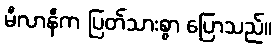
မီလာနီက ပြတ်သားစွာ ပြောသည်။